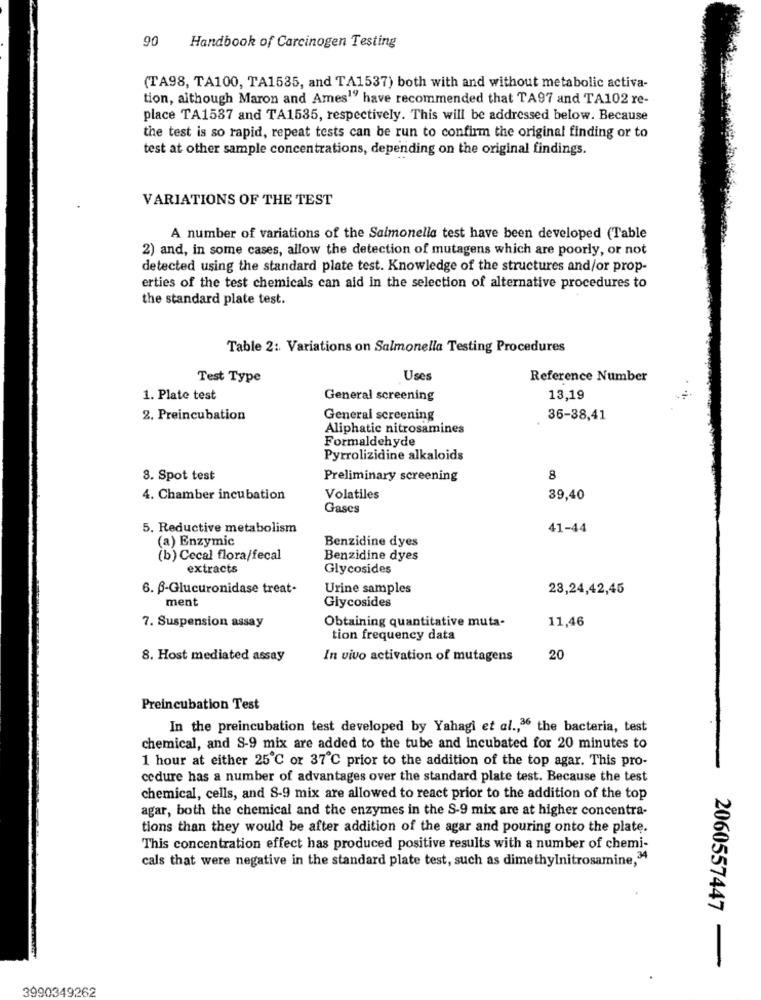
90
Handbook of Carcinogen Testing
(TA98, TA100, TA1535, and TA1537) both with and without metabolic activa-
tion, although Maron and Ames19 have recommended that TA97 and TA102 re-
place TA1537 and TA1535, respectively. This will be addressed below. Because
the test is so rapid, repeat tests can be run to confirm the original finding or to
test at other sample concentrations, depending on the original findings.
VARIATIONS OF THE TEST
A number of variations of the Salmonella test have been developed (Table
2) and, in some cases, allow the detection of mutagens which are poorly, or not
detected using the standard plate test. Knowledge of the structures and/or prop-
erties of the test chemicals can aid in the selection of alternative procedures to
the standard plate test.
Table 2: Variations on Salmonella Testing Procedures
Test Type
Uses
Reference Number
1. Plate test
General screening
13,19
2. Preincubation
General screening
36-38,41
Aliphatic nitrosamines
Formaldehyde
Pyrrolizidine alkaloids
3. Spot test
Preliminary screening
8
4. Chamber incubation
Volatiles
39,40
Gases
5. Reductive metabolism
41-44
(a) Enzymic
Benzidine dyes
(b) Cecal flora/fecal
Benzidine dyes
extracts
Glycosides
6. - Glucuronidase treat-
Urine samples
23,24,42,45
ment
Glycosides
7. Suspension assay
Obtaining quantitative muta-
11,46
tion frequency data
8. Host mediated assay
In vivo activation of mutagens
20
Preincubation Test
In the preincubation test developed by Yahagi et al ., 36 the bacteria, test
chemical, and S-9 mix are added to the tube and incubated for 20 minutes to
1 hour at either 25℃ or 37℃ prior to the addition of the top agar. This pro-
cedure has a number of advantages over the standard plate test. Because the test
chemical, cells, and 8-9 mix are allowed to react prior to the addition of the top
agar, both the chemical and the enzymes in the S-9 mix are at higher concentra-
tions than they would be after addition of the agar and pouring onto the plate.
This concentration effect has produced positive results with a number of chemi-
cals that were negative in the standard plate test, such as dimethylnitrosamine,34
2060557447 -
3990349262